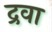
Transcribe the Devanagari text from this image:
द्रवा